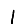
Digit: 1